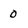
Character: 0